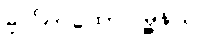
ဗိုလ်တထောင်မြို့နယ်